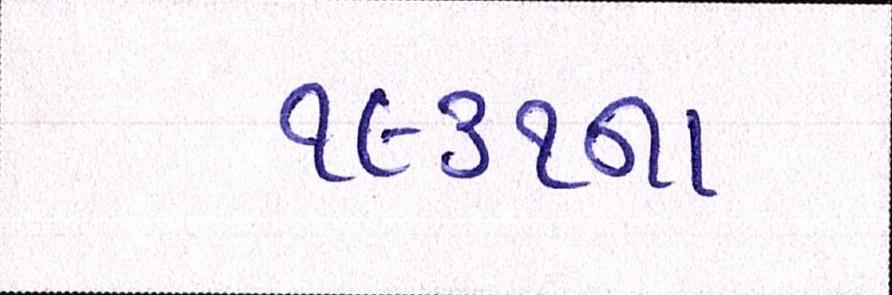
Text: ૧૯૩૧ના